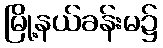
မြို့နယ်ခန်းမ၌